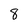
Character: 8